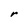
Character: r